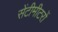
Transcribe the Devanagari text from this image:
सेंटीमीटरों